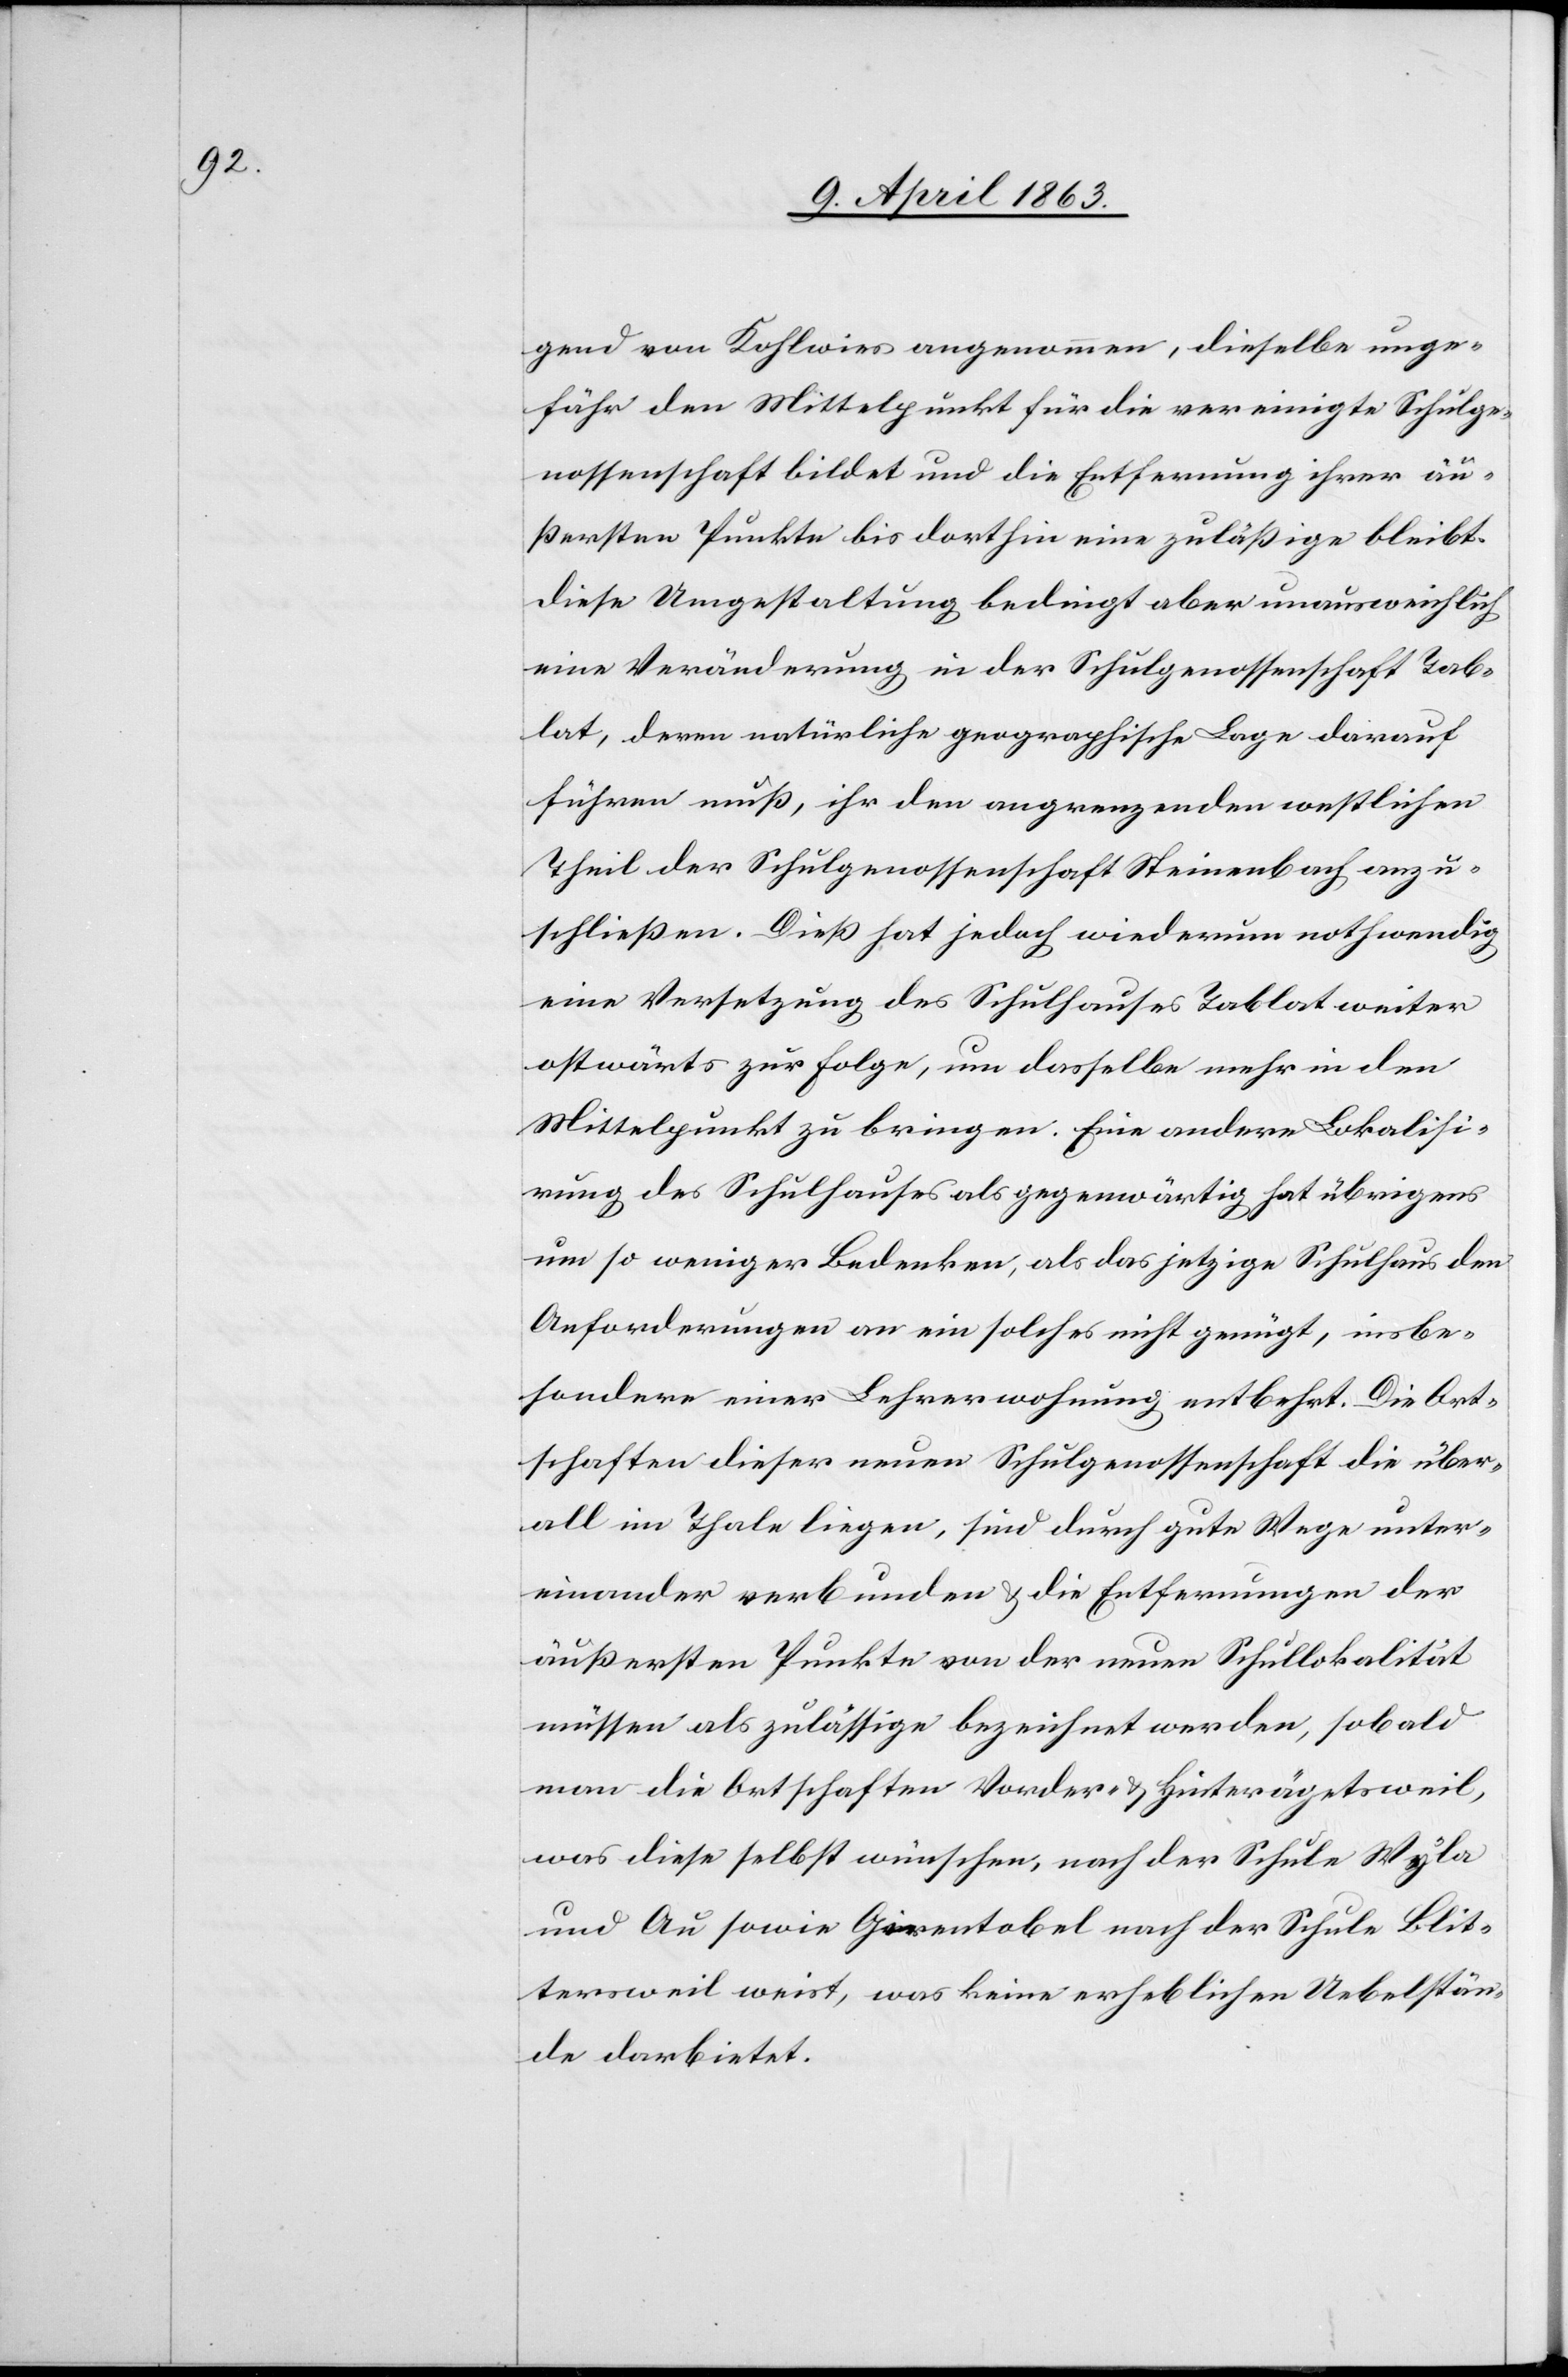
gend von Kohlwies angenommen, dieselbe unge¬
fähr den Mittelpunkt für die vereinigte Schulge¬
nossenschaft bildet und die Entfernung ihrer äu¬
ßersten Punkte bis dorthin eine zuläßige bleibt.
Diese Umgestaltung bedingt aber unausweichlich
eine Veränderung in der Schulgenossenschaft Tab¬
lat, deren natürliche geographische Lage darauf
führen muß, ihr den angrenzenden westlichen
Theil der Schulgenossenschaft Steinenbach anzu¬
schließen. Dieß hat jedoch wiederum nothwendig
eine Versetzung des Schulhauses Tablat weiter
ostwärts zur Folge, um dasselbe mehr in den
Mittelpunkt zu bringen. Eine andere Lokalisi¬
rung des Schulhauses als gegenwärtig hat übrigens
um so weniger Bedenken, als das jetzige Schulhaus den
Anforderungen an ein solches nicht genügt, insbe¬
sondere einer Lehrerwohnung entbehrt. Die Ort¬
schaften dieser neuen Schulgenossenschaft die über¬
all im Thale liegen, sind durch gute Wege unter¬
einander verbunden & die Entfernungen der
äußersten Punkte von der neuen Schullokalität
müssen als zulässige bezeichnet werden, sobald
man die Ortschaften Vorder- & Hinterägetsweil,
was diese selbst wünschen, nach der Schule Wyla
und Au sowie Girentobel nach der Schule Blit¬
tersweil weist, was keine erheblichen Uebelstän¬
de darbietet.